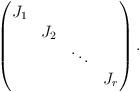
LaTeX: \begin{align*}\begin{pmatrix}J_1 &\\& J_2 &\\& & \ddots \\& & & J_{r}\end{pmatrix}.\end{align*}